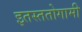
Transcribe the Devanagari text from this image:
इतस्ततोगामी